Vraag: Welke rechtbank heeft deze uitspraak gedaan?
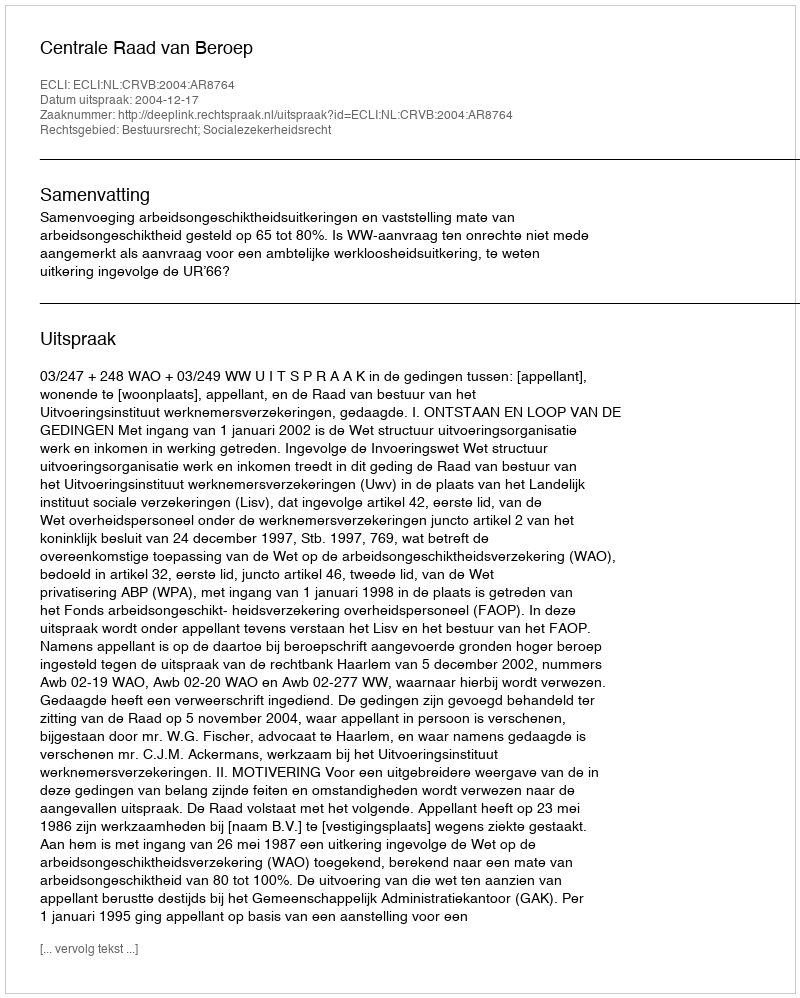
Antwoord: Centrale Raad van Beroep